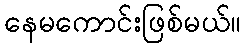
နေမကောင်းဖြစ်မယ်။